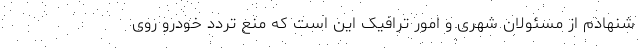
شنهادِم از مسئولانِ شهری و امور ترافیک این است که منع تردد خودرو روی